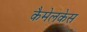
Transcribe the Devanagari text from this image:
कैमेलकेस